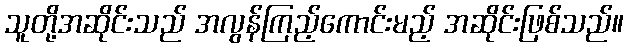
သူတို့အဆိုင်းသည် အလွန်ကြည့်ကောင်းမည့် အဆိုင်းဖြစ်သည်။